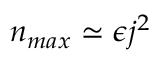
n _ { m a x } \simeq \epsilon j ^ { 2 }